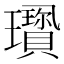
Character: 𤫋